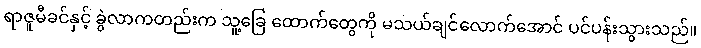
ရာဇူမီခင်နှင့် ခွဲလာကတည်းက သူ့ခြေ ထောက်တွေကို မသယ်ချင်လောက်အောင် ပင်ပန်းသွားသည်။